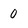
Character: 0